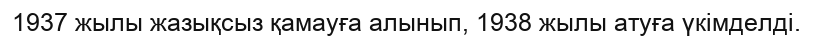
1937 жылы жазықсыз қамауға алынып, 1938 жылы атуға үкімделді.